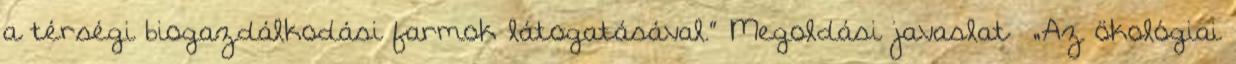
a térségi biogazdálkodási farmok látogatásával.” Megoldási javaslat ▪„Az ökológiai